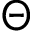
\Theta